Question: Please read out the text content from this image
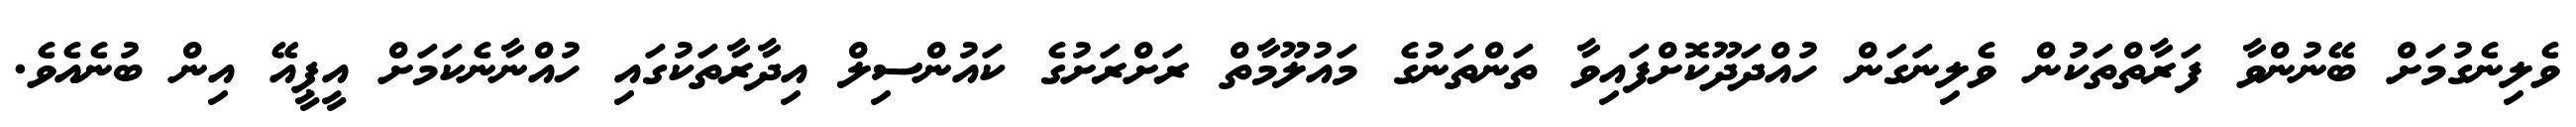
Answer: ވެލިނެގުމަށް ބޭނުންވާ ފަރާތްތަކުން ވެލިނަގަން ހުއްދަދޫކޮށްފައިވާ ތަންތަނުގެ މައުލޫމާތް ރަށްރަށުގެ ކައުންސިލް އިދާރާތަކުގައި ހުއްނާނެކަމަށް އީޕީއޭ އިން ބުނެއެވެ.